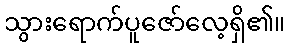
သွားရောက်ပူဇော်လေ့ရှိ၏။